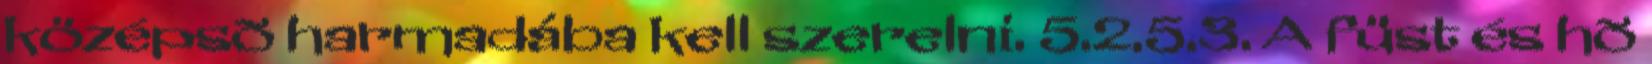
középsõ harmadába kell szerelni. 5.2.5.3. A füst és hõ